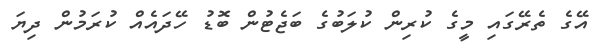
އޭގެ ތެރޭގައި މީގެ ކުރިން ކުލަބުގެ ބަޖެޓުން ބޮޑު ހޭދައެއް ކުރަމުން ދިޔަ